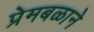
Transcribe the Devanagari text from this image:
प्रेमबळाने